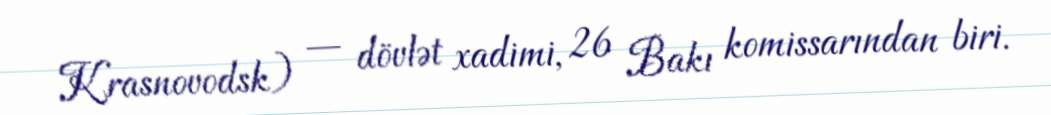
Krasnovodsk) — dövlət xadimi, 26 Bakı komissarından biri.